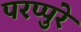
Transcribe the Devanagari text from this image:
परप्पुरे